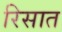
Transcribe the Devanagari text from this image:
रिसात